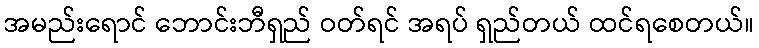
အမည်းရောင် ဘောင်းဘီရှည် ဝတ်ရင် အရပ် ရှည်တယ် ထင်ရစေတယ်။